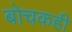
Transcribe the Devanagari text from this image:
बोचकही